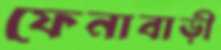
ফেনাবাড়ী